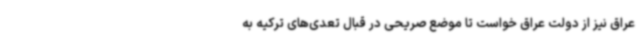
عراق نیز از دولت عراق خواست تا موضع صریحی در قبال تعدی‌های ترکیه به